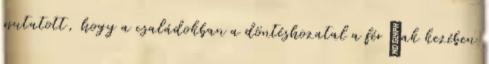
mutatott, hogy a családokban a döntéshozatal a férﬁak kezében